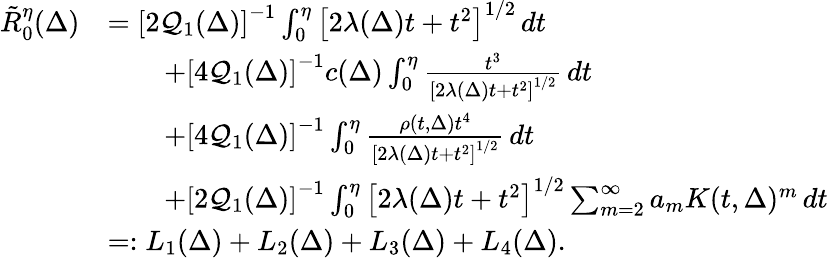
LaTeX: \begin{array}{rl}{\tilde{R}_{0}^{\eta}(\Delta)}&{=\left[2\mathcal Q_{1}(\Delta)\right]^{-1}\int_{0}^{\eta}\left[2\lambda(\Delta)t+t^{2}\right]^{1/2}\, dt}\\ &{\qquad+\left[4\mathcal Q_{1}(\Delta)\right]^{-1}c(\Delta)\int_{0}^{\eta}\frac{t^{3}}{\left[2\lambda(\Delta)t+t^{2}\right]^{1/2}}\, dt}\\ &{\qquad+\left[4\mathcal Q_{1}(\Delta)\right]^{-1}\int_{0}^{\eta}\frac{\rho(t,\Delta)t^{4}}{\left[2\lambda(\Delta)t+t^{2}\right]^{1/2}}\, dt}\\ &{\qquad+\left[2\mathcal Q_{1}(\Delta)\right]^{-1}\int_{0}^{\eta}\left[2\lambda(\Delta)t+t^{2}\right]^{1/2}\sum_{m=2}^{\infty}a_{m}K(t,\Delta)^{m}\, dt}\\ &{=:L_{1}(\Delta)+L_{2}(\Delta)+L_{3}(\Delta)+L_{4}(\Delta).}\end{array}